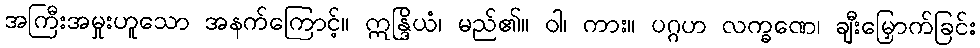
အကြီးအမှုးဟူသော အနက်ကြောင့်။ ဣန္ဒြိယံ၊ မည်၏။ ဝါ၊ ကား။ ပဂ္ဂဟ လက္ခဏေ၊ ချီးမြှောက်ခြင်း